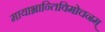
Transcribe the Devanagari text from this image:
मायाभ्रान्तिविमोचनम्